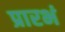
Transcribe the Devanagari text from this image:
प्रारभं